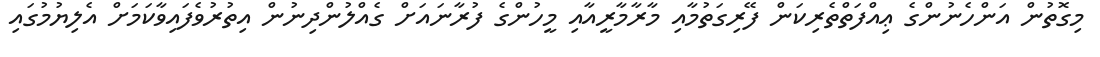
މިގޮތުން އަންހެނުންގެ ޢިއްފަތްތެރިކަން ފޭރިގަތުމާއި މާރާމާރީއާއި މީހުންގެ ފުރާނައަށް ގެއްލުންދިނުން އިތުރުވެފައިވާކަމަށް އެލިޔުމުގައި